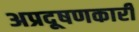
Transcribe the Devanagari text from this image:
अप्रदूषणकारी